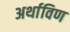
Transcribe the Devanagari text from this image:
अर्थाविण